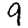
Digit: 9